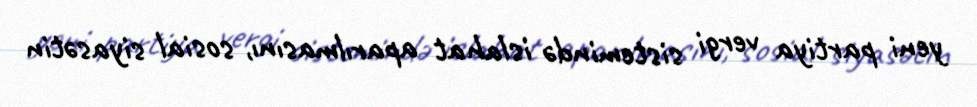
yeni partiya vergi sistemində islahat aparılmasını, sosial siyasətin